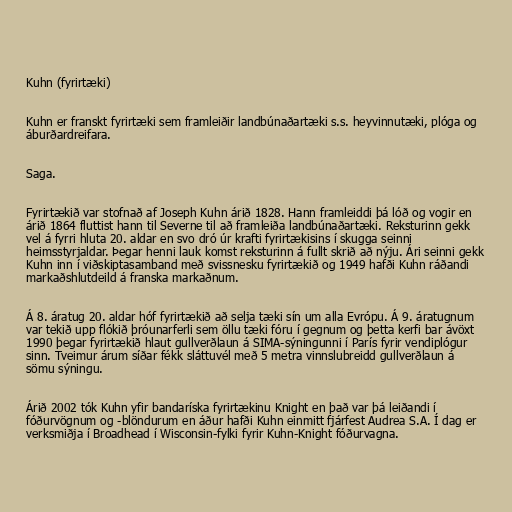
Kuhn (fyrirtæki)

Kuhn er franskt fyrirtæki sem framleiðir landbúnaðartæki s.s. heyvinnutæki, plóga og
áburðardreifara.

Saga.

Fyrirtækið var stofnað af Joseph Kuhn árið 1828. Hann framleiddi þá lóð og vogir en
árið 1864 fluttist hann til Severne til að framleiða landbúnaðartæki. Reksturinn gekk
vel á fyrri hluta 20. aldar en svo dró úr krafti fyrirtækisins í skugga seinni
heimsstyrjaldar. Þegar henni lauk komst reksturinn á fullt skrið að nýju. Ári seinni gekk
Kuhn inn í viðskiptasamband með svissnesku fyrirtækið og 1949 hafði Kuhn ráðandi
markaðshlutdeild á franska markaðnum.

Á 8. áratug 20. aldar hóf fyrirtækið að selja tæki sín um alla Evrópu. Á 9. áratugnum
var tekið upp flókið þróunarferli sem öllu tæki fóru í gegnum og þetta kerfi bar ávöxt
1990 þegar fyrirtækið hlaut gullverðlaun á SIMA-sýningunni í París fyrir vendiplógur
sinn. Tveimur árum síðar fékk sláttuvél með 5 metra vinnslubreidd gullverðlaun á
sömu sýningu.

Árið 2002 tók Kuhn yfir bandaríska fyrirtækinu Knight en það var þá leiðandi í
fóðurvögnum og -blöndurum en áður hafði Kuhn einmitt fjárfest Audrea S.A. Í dag er
verksmiðja í Broadhead í Wisconsin-fylki fyrir Kuhn-Knight fóðurvagna.